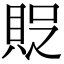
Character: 𧵐